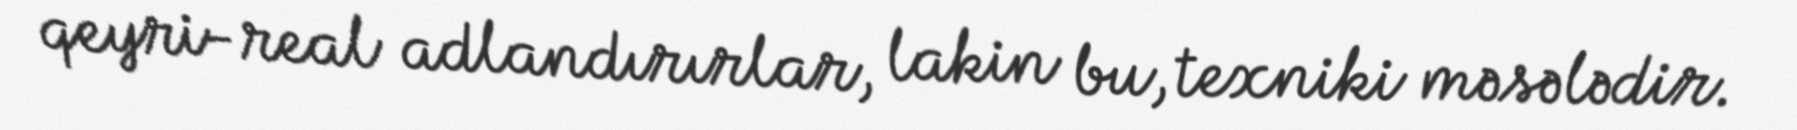
qeyri-real adlandırırlar, lakin bu, texniki məsələdir.